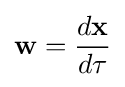
{\textbf {w}}={\frac {d{\textbf {x}}}{d\tau }}